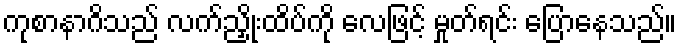
ကုစာနာဂိသည် လက်ညှိုးထိပ်ကို လေဖြင့် မှုတ်ရင်း ပြောနေသည်။